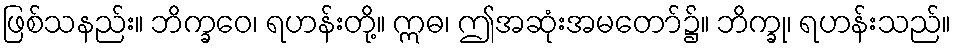
ဖြစ်သနည်း။ ဘိက္ခဝေ၊ ရဟန်းတို့။ ဣဓ၊ ဤအဆုံးအမတော်၌။ ဘိက္ခု၊ ရဟန်းသည်။